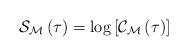
LaTeX: \begin{align*}\mathcal{S}_{\mathcal{M}}\left( \tau\right) \overset{}{=}\log\left[ \mathcal{C}_{\mathcal{M}}\left( \tau\right) \right] \end{align*}